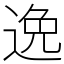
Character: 𨓜